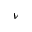
\nu